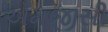
એમજીસી